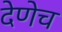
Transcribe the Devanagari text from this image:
देणेच